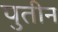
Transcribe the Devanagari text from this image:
पुतीन